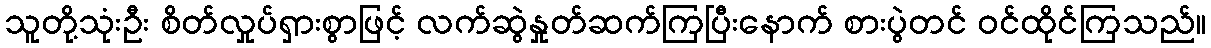
သူတို့သုံးဦး စိတ်လှုပ်ရှားစွာဖြင့် လက်ဆွဲနှုတ်ဆက်ကြပြီးနောက် စားပွဲတင် ဝင်ထိုင်ကြသည်။